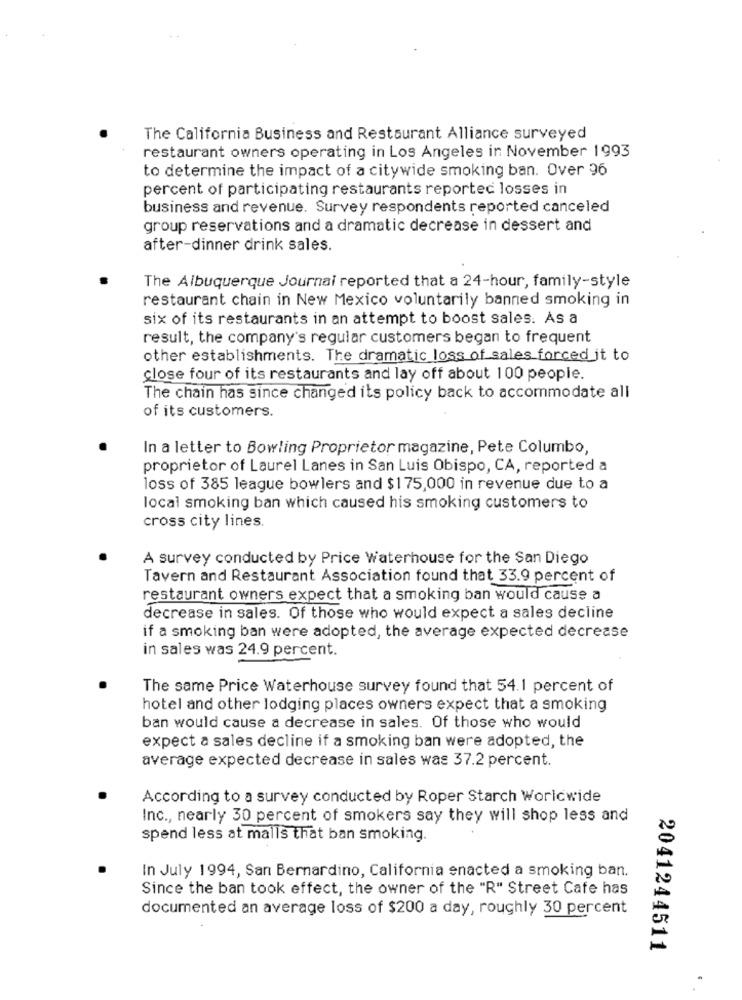
The California Business and Restaurant Alliance surveyed
restaurant owners operating in Los Angeles in November 1993
to determine the impact of a citywide smoking ban. Over 96
percent of participating restaurants reported losses in
business and revenue. Survey respondents reported canceled
group reservations and a dramatic decrease in dessert and
after-dinner drink sales.
The Albuquerque Journai reported that a 24-hour, family-style
restaurant chain in New Mexico voluntarily banned smoking in
six of its restaurants in an attempt to boost sales. As a
result, the company's regular customers began to frequent
other establishments. The dramatic loss of sales forced it to
close four of its restaurants and lay off about 100 people.
The chain has since changed its policy back to accommodate all
of its customers.
In a letter to Bowling Proprietor magazine, Pete Columbo,
proprietor of Laurel Lanes in San Luis Obispo, CA, reported a
loss of 385 league bowlers and $175,000 in revenue due to a
local smoking ban which caused his smoking customers to
cross city lines.
A survey conducted by Price Waterhouse for the San Diego
Tavern and Restaurant Association found that 33.9 percent of
restaurant owners expect that a smoking ban would cause a
decrease in sales. Of those who would expect a sales decline
if a smoking ban were adopted, the average expected decrease
in sales was 24.9 percent.
The same Price Waterhouse survey found that 54.1 percent of
hotel and other lodging places owners expect that a smoking
ban would cause a decrease in sales. Of those who would
expect a sales decline if a smoking ban were adopted, the
average expected decrease in sales was 37.2 percent.
According to a survey conducted by Roper Starch Worldwide
Inc ., nearly 30 percent of smokers say they will shop less and
spend less at mails that ban smoking.
In July 1994, San Bernardino, California enacted a smoking ban.
Since the ban took effect, the owner of the "R" Street Cafe has
documented an average loss of $200 a day, roughly 30 percent
2041244511